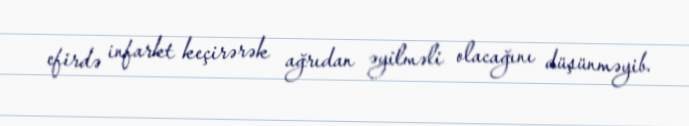
efirdə infarkt keçirərək ağrıdan əyilməli olacağını düşünməyib.